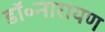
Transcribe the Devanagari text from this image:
डॉ॰नारायण